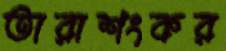
তারাশংকর